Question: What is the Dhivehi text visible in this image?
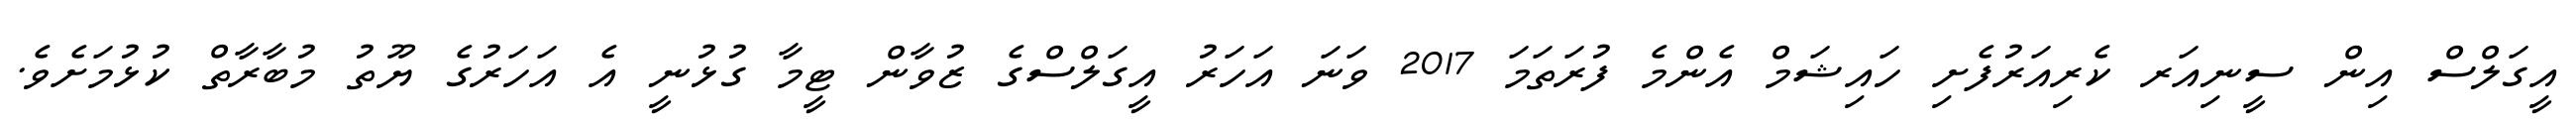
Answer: އީގަލްސް އިން ސީނިއަރ ކެރިއަރުފެށި ހައިޝަމް އެންމެ ފުރަތަމަ 2017 ވަނަ އަހަރު އީގަލްސްގެ ޒުވާން ޓީމާ ގުޅުނީ އެ އަހަރުގެ ޔޫތު މުބާރާތް ކުޅުމަށެވެ.